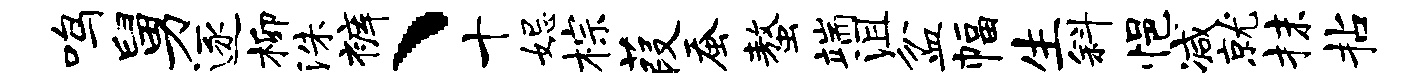
鸣舅逐柳洙裤、十妃棕葭蚕螯端沮盆幅生斜悒减就抹拈